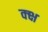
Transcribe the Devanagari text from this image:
क्क्ष